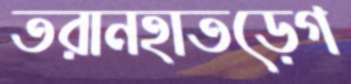
তরানহাতড়েগ